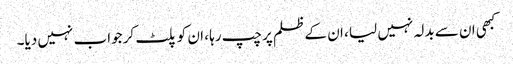
کبھی ان سے بدلہ نہیں لیا ، ان کے ظلم پر چپ رہا ، ان کو پلٹ کر جواب نہیں دیا۔